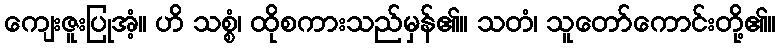
ကျေးဇူးပြုအံ့။ ဟိ သစ္စံ၊ ထိုစကားသည်မှန်၏။ သတံ၊ သူတော်ကောင်းတို့၏။